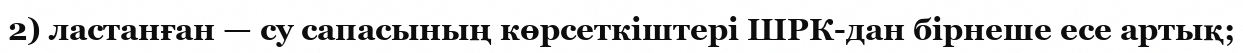
2) ластанған — су сапасының көрсеткіштері ШРК-дан бірнеше есе артық;